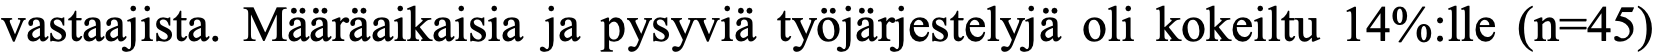
vastaajista. Määräaikaisia ja pysyviä työjärjestelyjä oli kokeiltu 14%:lle (n=45)